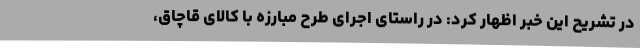
در تشریح این خبر اظهار کرد: در راستای اجرای طرح مبارزه با کالای قاچاق،